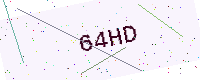
Text: 64HD